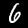
Label: 6